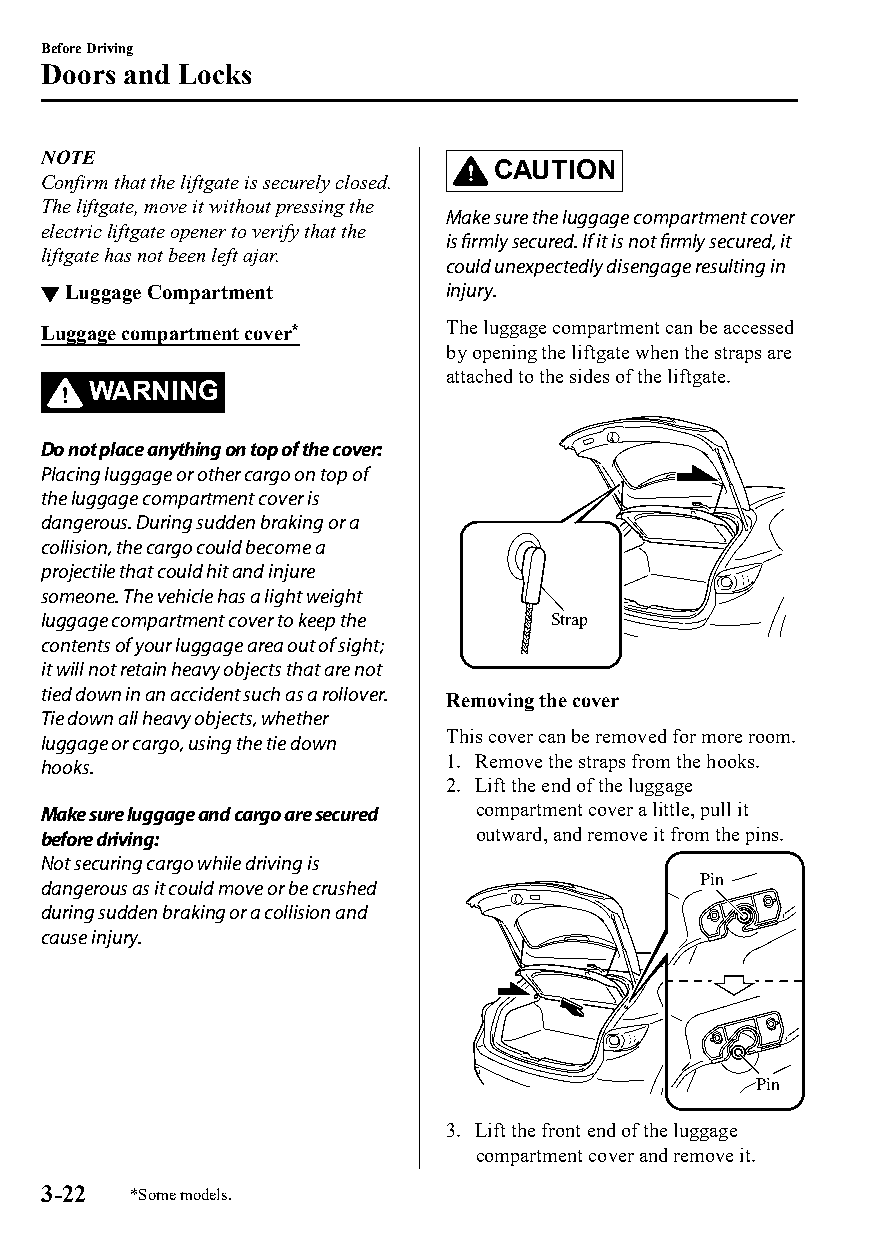
Before Driving
 Doors and Locks
 NOTE
 CAUTION
 Confirm that the liftgate is securely closed.
 The liftgate, move it without pressing the
 Make sure the luggage compartment cover
 electric liftgate opener to verify that the
 is firmly secured. If it is not firmly secured, it
 liftgate has not been left ajar.
 could unexpectedly disengage resulting in
 ▼Luggage Compartment       injury.
 Luggage compartment cover* The luggage compartment can be accessed
 by opening the liftgate when the straps are
 attached to the sides of the liftgate.
 WARNING
 Do not place anything on top of the cover:
 Placing luggage or other cargo on top of
 the luggage compartment cover is
 dangerous. During sudden braking or a
 collision, the cargo could become a
 projectile that could hit and injure
 someone. The vehicle has a light weight
 luggage compartment cover to keep the Strap
 contents of your luggage area out of sight;
 it will not retain heavy objects that are not
 tied down in an accident such as a rollover.
 Removing the cover
 Tie down all heavy objects, whether
 This cover can be removed for more room.
 luggage or cargo, using the tie down
 1. Remove the straps from the hooks.
 hooks.
 2. Lift the end of the luggage
 Make sure luggage and cargo are secured compartment cover a little, pull it
 before driving:              outward, and remove it from the pins.
 Not securing cargo while driving is
 Pin
 dangerous as it could move or be crushed
 during sudden braking or a collision and
 cause injury.
 Pin
 3. Lift the front end of the luggage
 compartment cover and remove it.
 3-22  *Some models.
 CX-3_8GT4-EE-18D_Edition4                  2018-9-6 18:32:19